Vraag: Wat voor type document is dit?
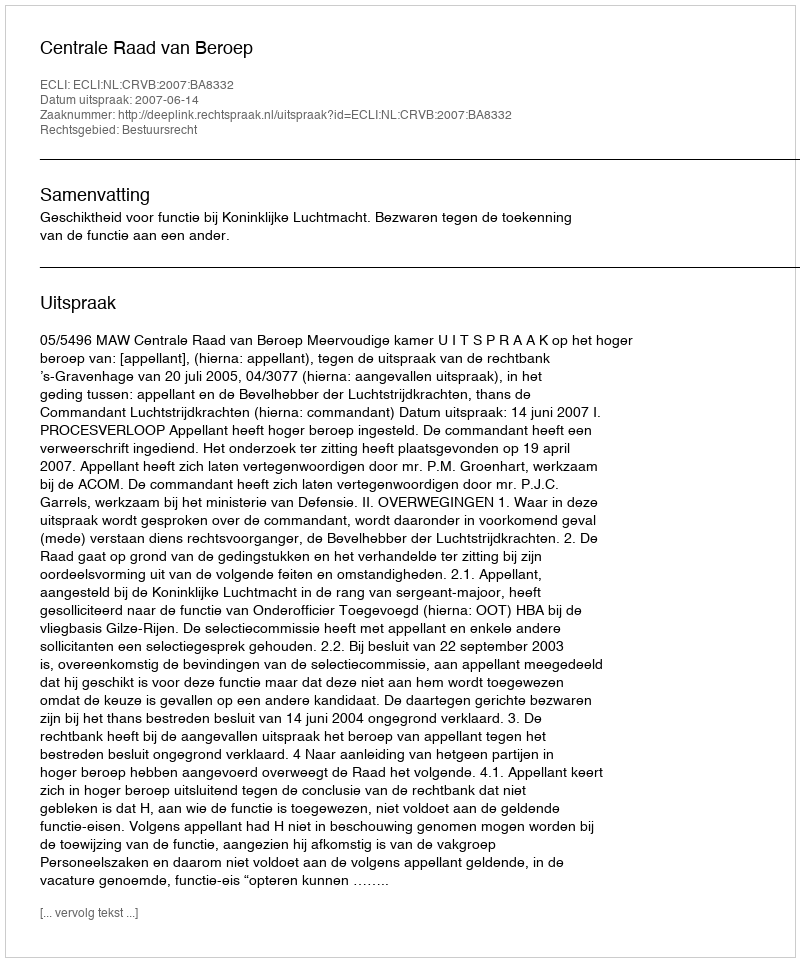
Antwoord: Uitspraak